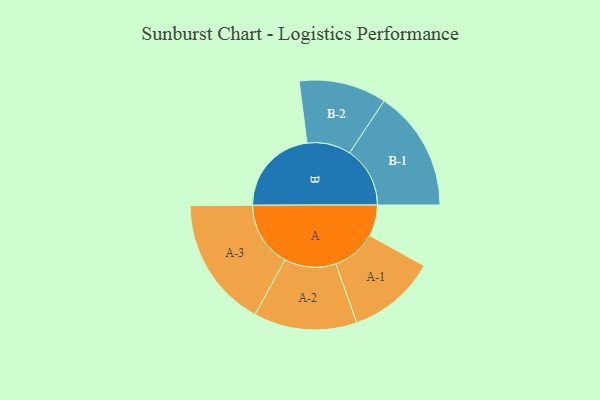
{"axis": {"x": "Segment", "y": "Value"}, "legend": ["", "A", "B"], "data": [{"x": "A", "y": 131, "type": ""}, {"x": "B", "y": 373, "type": ""}, {"x": "A-1", "y": 186, "type": "A"}, {"x": "A-2", "y": 217, "type": "A"}, {"x": "A-3", "y": 275, "type": "A"}, {"x": "B-1", "y": 254, "type": "B"}, {"x": "B-2", "y": 184, "type": "B"}]}